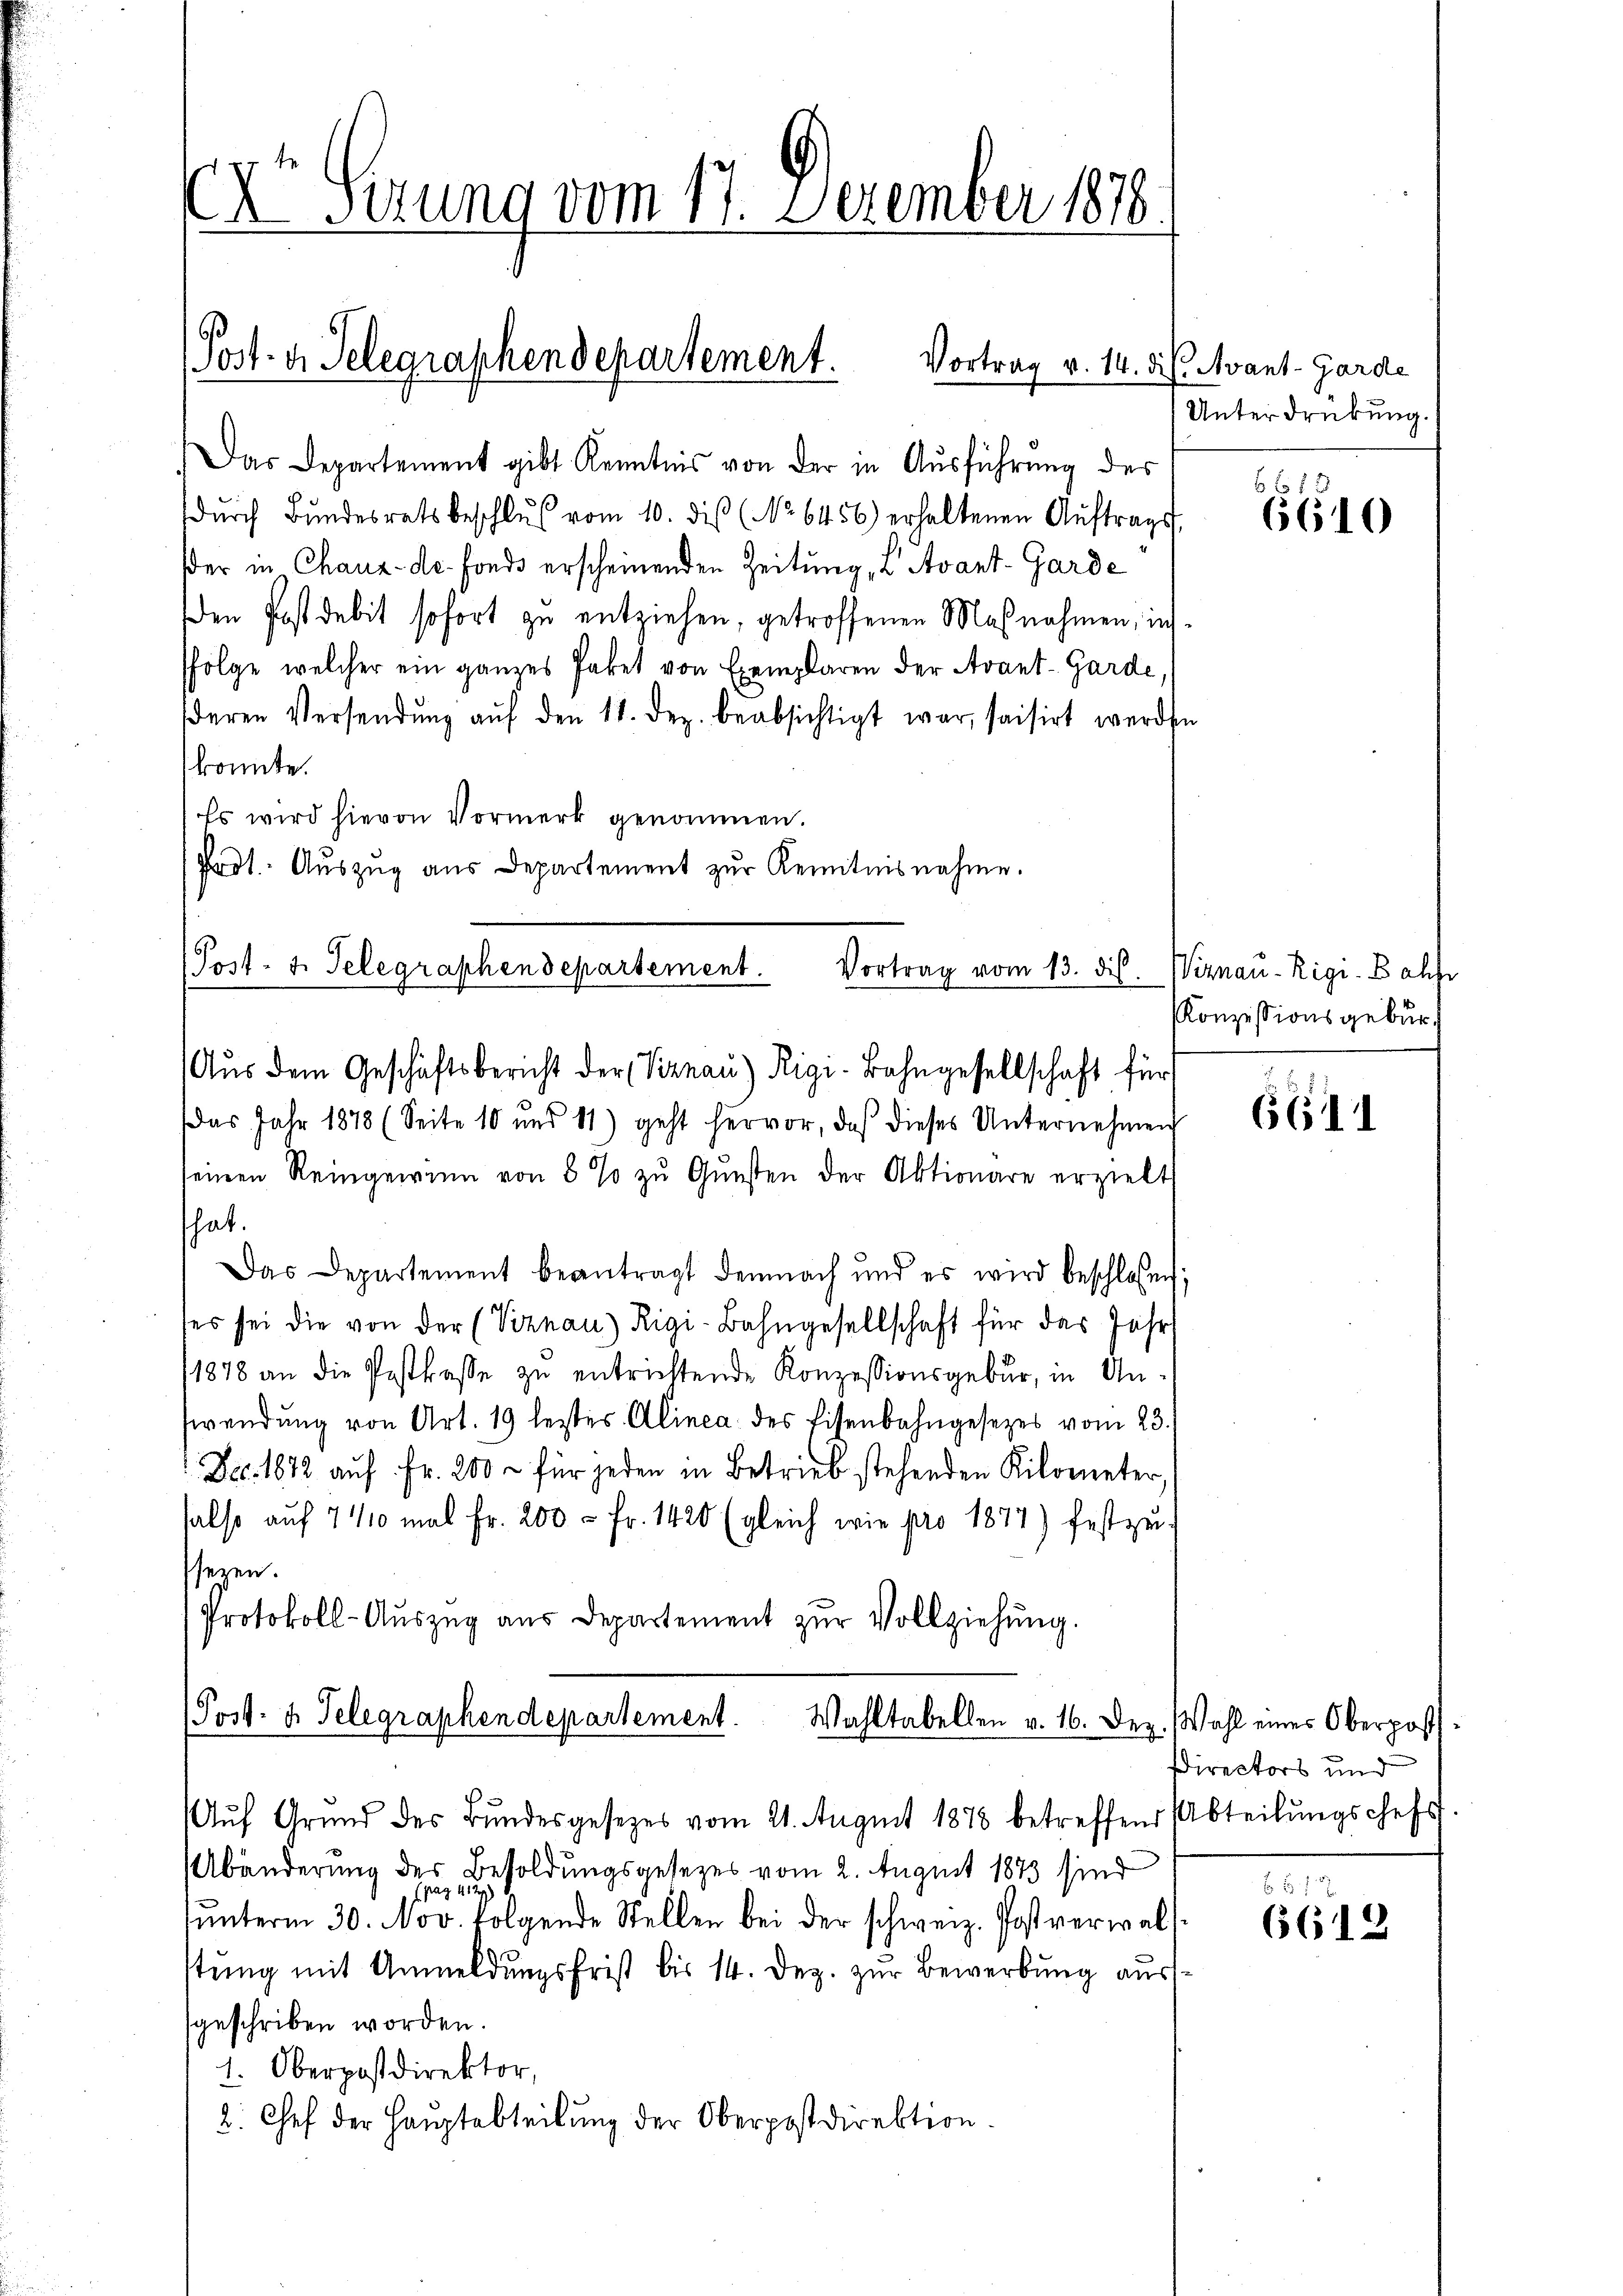
xr Serung vom 17. Dezember 1878.

Post- u. Telegraphen Departement. Vortrag v. 14. d. J. Avant-Garde

Das Departement gibt Kenntnis von der in Aŭsführung des
dŭrch Bŭndesrats beschlŭβ vom 10. diβ (No 6456) erhaltenen Aŭftrags,
der in Chaux-de. Fonds erscheinenden Zeitung, L Avant-Garde
en Post debit sofort zu entziehen, getroffenen Maßnahmen, inssfolge welcher ein ganzes Paket von Exemplaren der Avant-Garde,
deren Versendŭng aŭf den 11. dez. beabsichtigt war, saisirt werden
konnte.
Es wird hievon Vormerk genommen.
prot. Aŭszŭg aŭs Departement zŭr Kenntnisnahme.
(Post- u. Telegraphendepartement. Vortrag vom 13. ds. Wiznau-Rigi-Bahfr

Aus dem Geschäftsbericht der Viznau) Rigi-Bahngesellschaft für

Post- u. Telegraphendepartement.
Wahltabellen v. 16. Dez.

das Jahr 1878 (Seite 10 und 11) geht hervor, daß dieses Unternehmen
seinen Reingewinn von 8 % zŭ Gŭnsten der Aktionäre erzielt
hat.
Das Departement beantragt demnach und es wird beschlossen;
ses sei die von der (Viznau) Rigi-Bahngesellschaft für das Jahr
11878 an die Postkasse zu entrichtende Konzessionsgebur, in Answendŭng von Art. 19 letztes Alinea des Eisenbahngesezes vom 23.
Dec. 1872 auf Fr. 200 - für jeden in Betrieb stehenden Kilometer,
halso auf 740 mal Fr. 200 - Fr. 1420 (gleich wie pro 1877) festzu-
sseren.
Protokoll-Aŭszŭg aŭs Departement zŭr Vollziehŭng.

Unterdrückung.

ŭf Grŭnd des Bŭndesgesezes vom 21. August 1878 betreffend Abteilŭngschefs
Abänderung des Besoldungsgesetzes vom 2. August 1873 sind
f
ŭnterm 30. Nov. folgende Stellen bei der schweiz. Postverwal
tung mit Anmeldungsfrist bis 14. Dez. zur Bewerbung aussgeschriben worden.
1. Oberpostdirektor,
2. Chef der Hauptabteilung der Oberpostdirektion.

6610

KKonzessionsgebür¬

6611

Wahl eines Oberpost
Directors und

6612